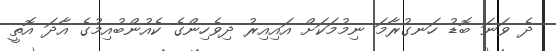
ދެ ވަނަ ބޮޑު ހަނގުރާމަ ނިމުމަކަށް އައިއިރު ދިވެހިންގެ ކެއުންބުއިމުގެ އާދަ އޮތީ